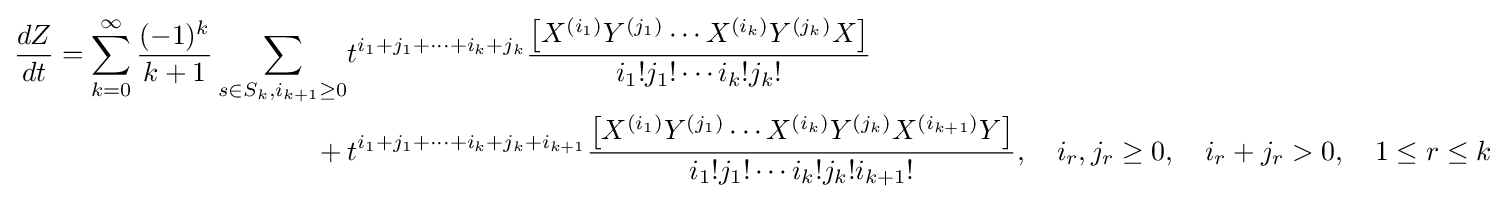
{\begin{aligned}{\frac {dZ}{dt}}=\sum _{k=0}^{\infty }{\frac {(-1)^{k}}{k+1}}\sum _{s\in S_{k},i_{k+1}\geq 0}&t^{i_{1}+j_{1}+\cdots +i_{k}+j_{k}}{\frac {\left[X^{(i_{1})}Y^{(j_{1})}\cdots X^{(i_{k})}Y^{(j_{k})}X\right]}{i_{1}!j_{1}!\cdots i_{k}!j_{k}!}}\\{}+{}&t^{i_{1}+j_{1}+\cdots +i_{k}+j_{k}+i_{k+1}}{\frac {\left[X^{(i_{1})}Y^{(j_{1})}\cdots X^{(i_{k})}Y^{(j_{k})}X^{(i_{k+1})}Y\right]}{i_{1}!j_{1}!\cdots i_{k}!j_{k}!i_{k+1}!}},\quad i_{r},j_{r}\geq 0,\quad i_{r}+j_{r}>0,\quad 1\leq r\leq k\end{aligned}}